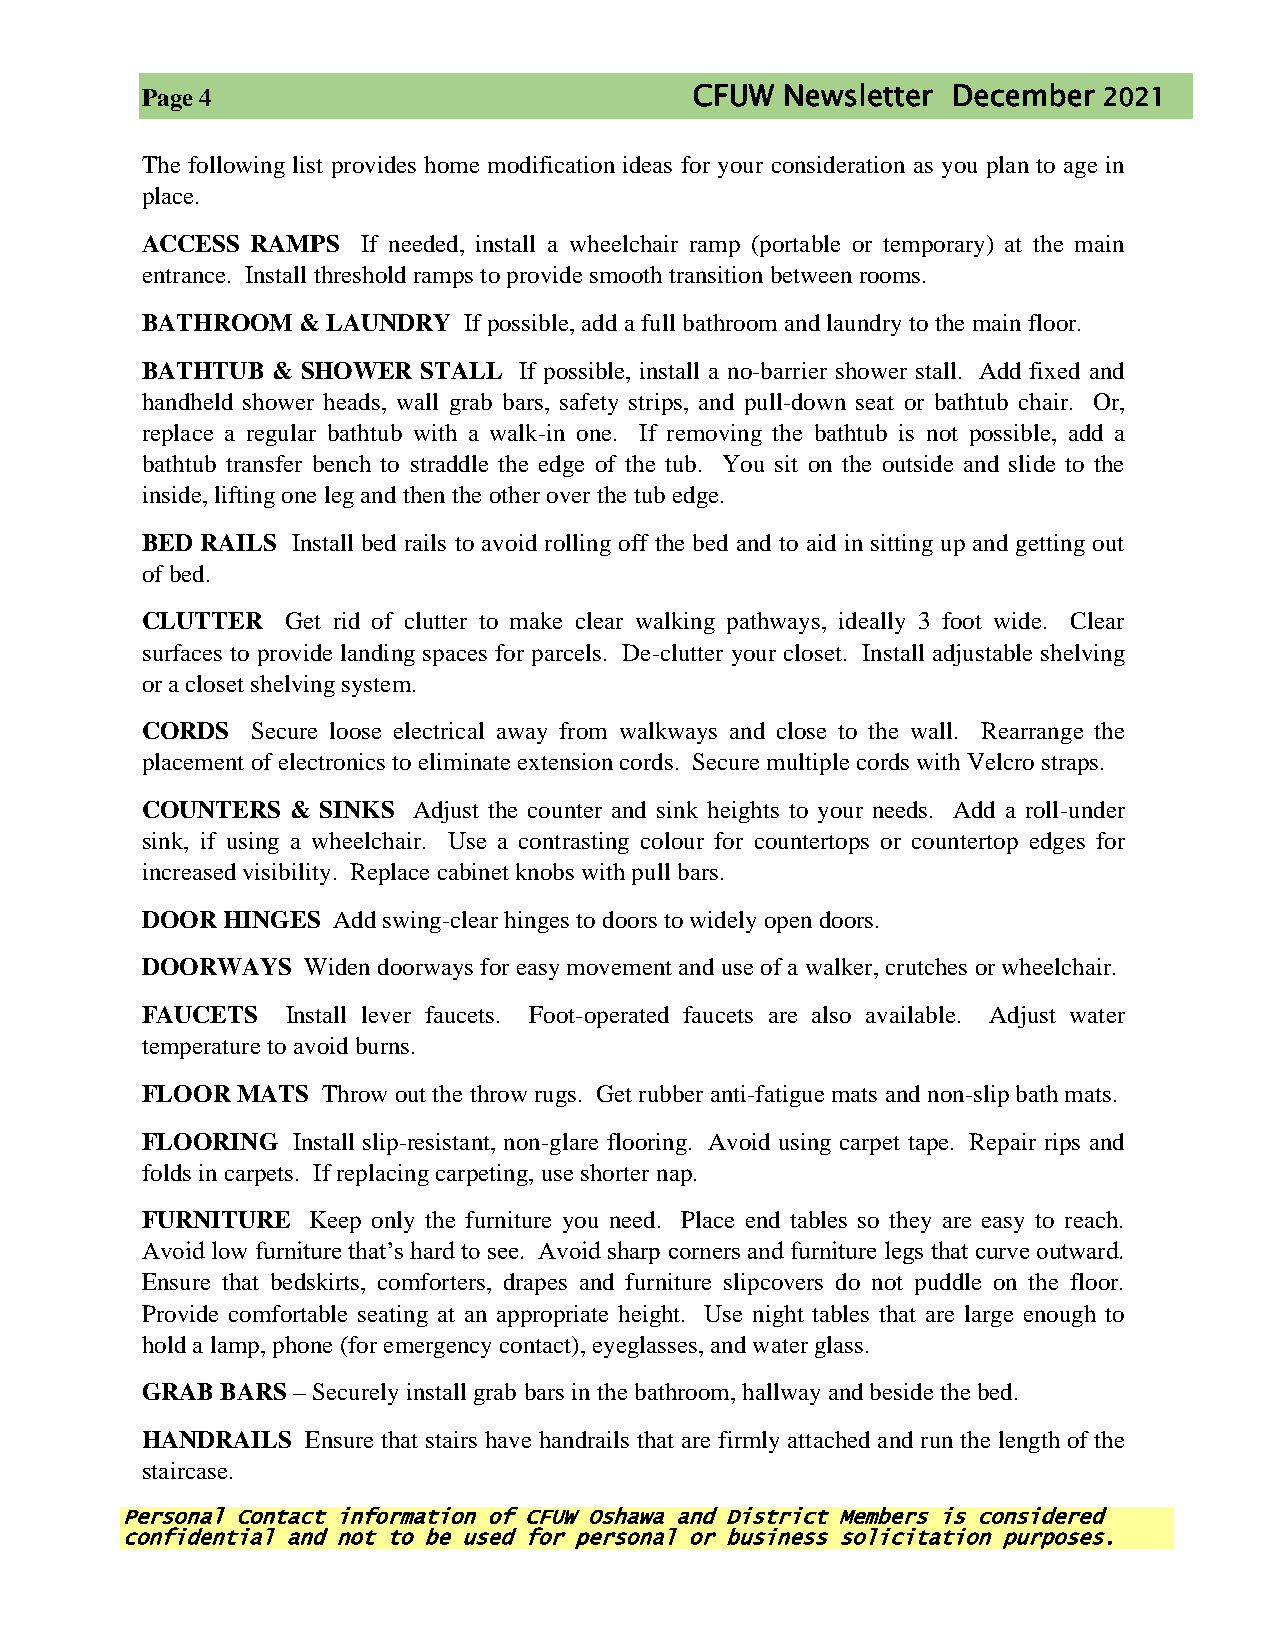
Page 4                               CFUW  Newsletter December  2021
 The following list provides home modification ideas for your consideration as you plan to age in
 place.
 ACCESS  RAMPS  If needed, install a wheelchair ramp (portable or temporary) at the main
 entrance. Install threshold ramps to provide smooth transition between rooms.
 BATHROOM   & LAUNDRY  If possible, add a full bathroom and laundry to the main floor.
 BATHTUB  & SHOWER  STALL If possible, install a no-barrier shower stall. Add fixed and
 handheld shower heads, wall grab bars, safety strips, and pull-down seat or bathtub chair. Or,
 replace a regular bathtub with a walk-in one. If removing the bathtub is not possible, add a
 bathtub transfer bench to straddle the edge of the tub. You sit on the outside and slide to the
 inside, lifting one leg and then the other over the tub edge.
 BED RAILS Install bed rails to avoid rolling off the bed and to aid in sitting up and getting out
 of bed.
 CLUTTER   Get rid of clutter to make clear walking pathways, ideally 3 foot wide. Clear
 surfaces to provide landing spaces for parcels. De-clutter your closet. Install adjustable shelving
 or a closet shelving system.
 CORDS   Secure loose electrical away from walkways and close to the wall. Rearrange the
 placement of electronics to eliminate extension cords. Secure multiple cords with Velcro straps.
 COUNTERS  & SINKS Adjust the counter and sink heights to your needs. Add a roll-under
 sink, if using a wheelchair. Use a contrasting colour for countertops or countertop edges for
 increased visibility. Replace cabinet knobs with pull bars.
 DOOR  HINGES Add swing-clear hinges to doors to widely open doors.
 DOORWAYS   Widen doorways for easy movement and use of a walker, crutches or wheelchair.
 FAUCETS   Install lever faucets. Foot-operated faucets are also available. Adjust water
 temperature to avoid burns.
 FLOOR  MATS Throw out the throw rugs. Get rubber anti-fatigue mats and non-slip bath mats.
 FLOORING  Install slip-resistant, non-glare flooring. Avoid using carpet tape. Repair rips and
 folds in carpets. If replacing carpeting, use shorter nap.
 FURNITURE  Keep only the furniture you need. Place end tables so they are easy to reach.
 Avoid low furniture that’s hard to see. Avoid sharp corners and furniture legs that curve outward.
 Ensure that bedskirts, comforters, drapes and furniture slipcovers do not puddle on the floor.
 Provide comfortable seating at an appropriate height. Use night tables that are large enough to
 hold a lamp, phone (for emergency contact), eyeglasses, and water glass.
 GRAB  BARS – Securely install grab bars in the bathroom, hallway and beside the bed.
 HANDRAILS  Ensure that stairs have handrails that are firmly attached and run the length of the
 staircase.
 Personal Contact information of CFUW Oshawa and District Members is considered
 confidential and not to be used for personal or business solicitation purposes.